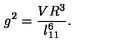
g ^ { 2 } = \frac { V R ^ { 3 } } { l _ { 1 1 } ^ { 6 } } .